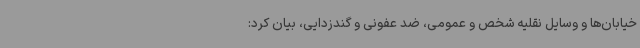
خیابان‌ها و وسایل نقلیه شخص و عمومی، ضد عفونی و گندزدایی، بیان کرد: